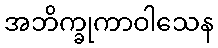
အဘိက္ခုကာဝါသေန